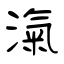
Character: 淗